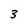
Character: 3